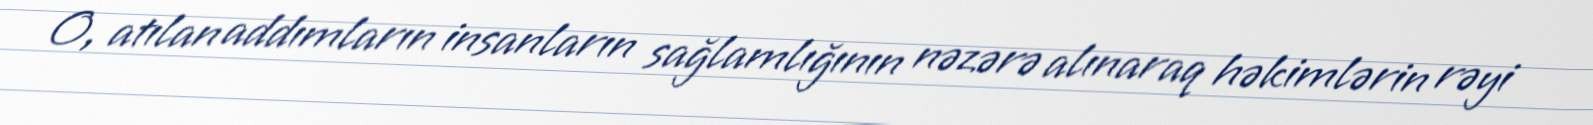
O, atılan addımların insanların sağlamlığının nəzərə alınaraq həkimlərin rəyi